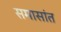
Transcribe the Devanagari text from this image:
समासांत